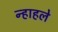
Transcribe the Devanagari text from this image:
न्हाहले